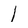
Character: 1